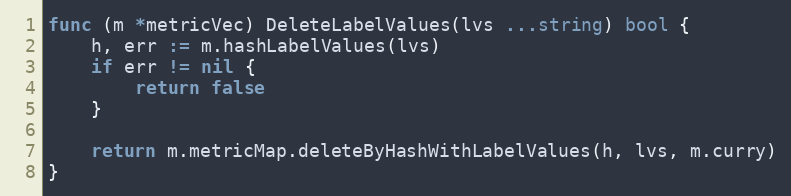
Language: Go
func (m *metricVec) DeleteLabelValues(lvs ...string) bool {
	h, err := m.hashLabelValues(lvs)
	if err != nil {
		return false
	}

	return m.metricMap.deleteByHashWithLabelValues(h, lvs, m.curry)
}